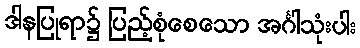
ဒါနပြုရာ၌ ပြည့်စုံစေသော အင်္ဂါသုံးပါး